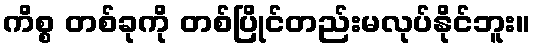
ကိစ္စ တစ်ခုကို တစ်ပြိုင်တည်းမလုပ်နိုင်ဘူး။